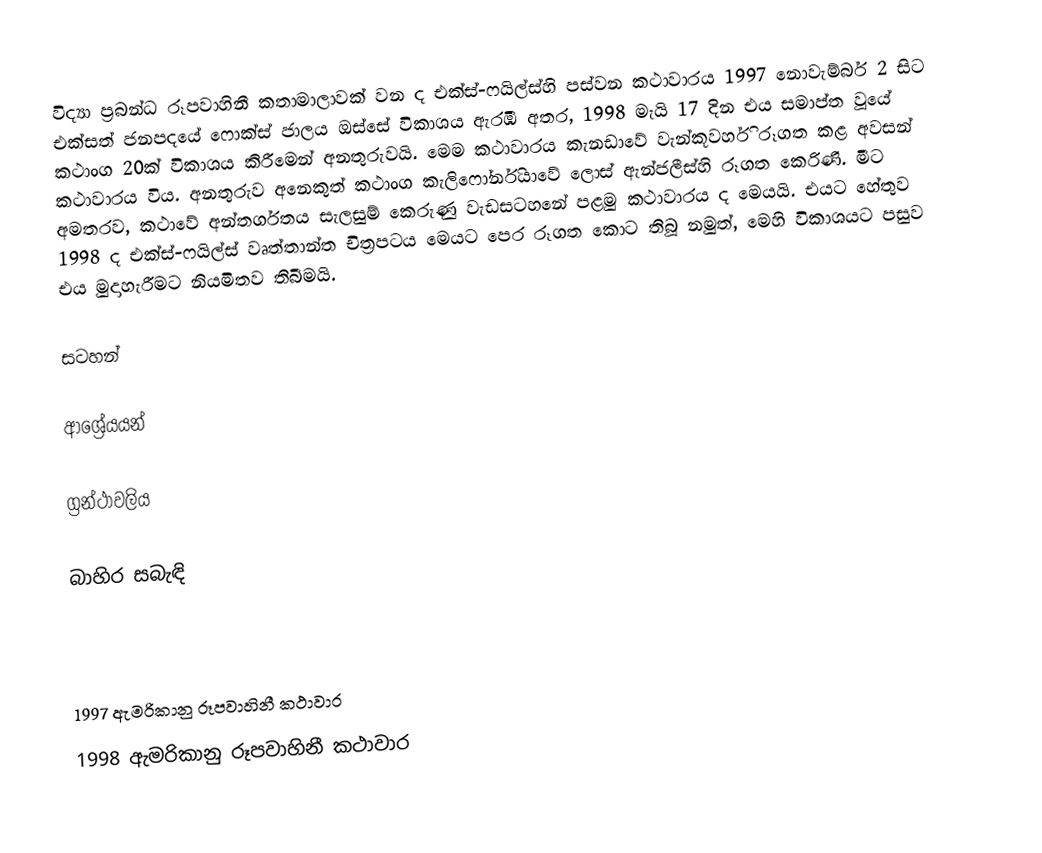
විද්‍යා ප්‍රබන්ධ රූපවාහිනී කතාමාලාවක් වන ද එක්ස්-ෆයිල්ස්හි පස්වන කථාවාරය 1997 නොවැම්බර් 2 සිට එක්සත් ජනපදයේ ෆොක්ස් ජාලය ඔස්සේ විකාශය ඇරඹි අතර, 1998 මැයි 17 දින එය සමාප්ත වූයේ කථාංග 20ක් විකාශය කිරීමෙන් අනතුරුවයි. මෙම කථාවාරය කැනඩාවේ වැන්කූවර්හි රූගත කළ අවසන් කථාවාරය විය. අනතුරුව අනෙකුත් කථාංග කැලිෆෝර්නියාවේ ලොස් ඇන්ජලීස්හි රූගත කෙරිණි. මීට අමතරව, කථාවේ අන්තර්ගතය සැලසුම් කෙරුණු වැඩසටහනේ පළමු කථාවාරය ද මෙයයි. එයට හේතුව 1998 ද එක්ස්-ෆයිල්ස් වෘත්තාන්ත චිත්‍රපටය මෙයට පෙර රූගත කොට තිබූ නමුත්, මෙහි විකාශයට පසුව එය මුදාහැරීමට නියමිතව තිබීමයි.

සටහන්

ආශ්‍රේයයන්

ග්‍රන්ථාවලිය

බාහිර සබැඳි

1997 ඇමරිකානු රූපවාහිනී කථාවාර
1998 ඇමරිකානු රූපවාහිනී කථාවාර